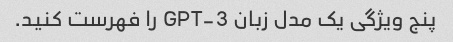
پنج ویژگی یک مدل زبان GPT-3 را فهرست کنید.